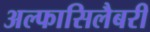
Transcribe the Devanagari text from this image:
अल्फासिलैबरी